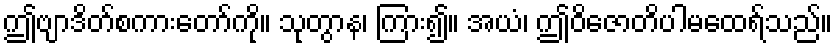
ဤဗျာဒိတ်စကားတော်ကို။ သုတွာန၊ ကြား၍။ အယံ၊ ဤဝိဇောတိပါမထေရ်သည်။